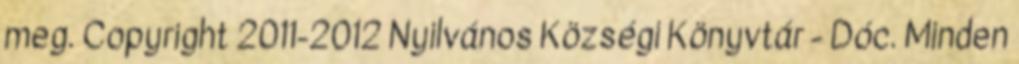
meg. Copyright 2011-2012 Nyilvános Községi Könyvtár - Dóc. Minden